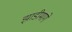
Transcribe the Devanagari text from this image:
झाडीमागे